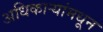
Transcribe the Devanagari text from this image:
अधिकाऱ्यांमधून